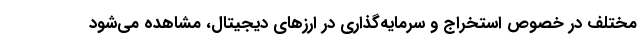
مختلف در خصوص استخراج و سرمایه‌گذاری در ارزهای دیجیتال، مشاهده می‌شود